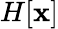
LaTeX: H[\mathbf{x}]